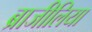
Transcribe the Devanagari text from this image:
ब्राजीलिया